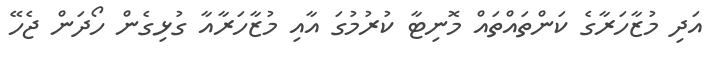
އަދި މުޒާހަރާގެ ކަންތައްތައް މޮނިޓާ ކުރުމުގަ އާއި މުޒާހަރާއާ ގުޅިގެން ހޯދަން ޖެހޭ